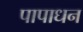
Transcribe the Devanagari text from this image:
पापाधन